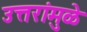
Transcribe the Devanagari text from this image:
उत्तरांमुळे